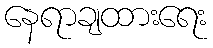
နေရာချထားရေး